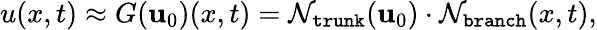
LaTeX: u(x,t)\approx G(\mathbf{u}_{0})(x,t)=\mathcal{N}_{\texttt{trunk}}(\mathbf{u}_{0})\cdot\mathcal{N}_{\texttt{branch}}(x,t),